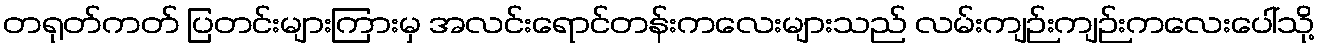
တရုတ်ကတ် ပြတင်းများကြားမှ အလင်းရောင်တန်းကလေးများသည် လမ်းကျဉ်းကျဉ်းကလေးပေါ်သို့